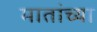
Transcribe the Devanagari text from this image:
मातांच्या